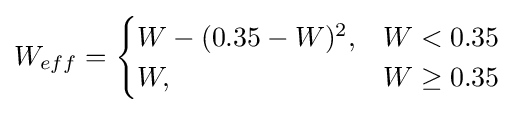
{\begin{aligned}W_{eff}&={\begin{cases}W-(0.35-W)^{2},&W<0.35\\W,&W\geq 0.35\end{cases}}\\\end{aligned}}